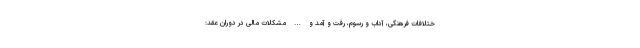
ختلافات فرهنگی، آداب و رسوم، رفت و آمد و … مشکلات مالی در دوران عقد: